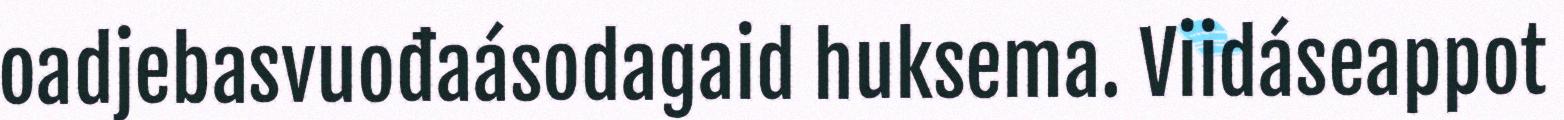
oadjebasvuođaásodagaid huksema. Viidáseappot